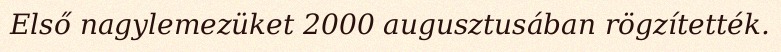
Első nagylemezüket 2000 augusztusában rögzítették.